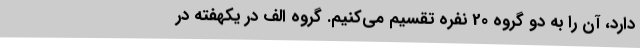
دارد، آن را به دو گروه 20 نفره تقسیم می‌کنیم. گروه الف در یکهفته در